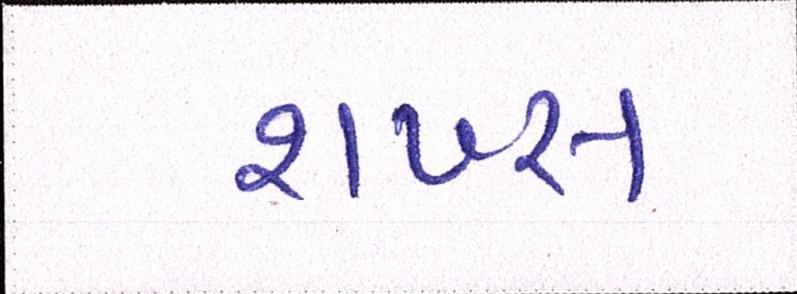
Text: શખ્સ